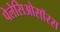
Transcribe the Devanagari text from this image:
पेलेसिओसॉरस